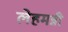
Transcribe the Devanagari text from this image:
लेहमन्नी